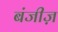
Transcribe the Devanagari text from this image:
बंजीज़